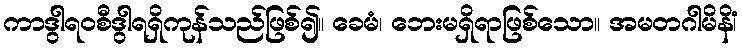
ကာဒွါရဝစီဒွါရရှိကုန်သည်ဖြစ်၍။ ခေမံ၊ ဘေးမရှိရာဖြစ်သော။ အမတဂါမိနိံ၊